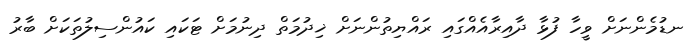
ނޑުމެންނަށް ވީހާ ފުޅާ ދާއިރާއެއްގައި ރައްޔިތުންނަށް ޚިދުމަތް ދިނުމަށް ޓަކައި ކައުންސިލުތަކަށް ބާރު